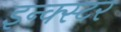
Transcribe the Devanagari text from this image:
इन्क्स्टर